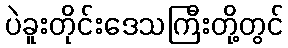
ပဲခူးတိုင်းဒေသကြီးတို့တွင်